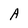
Character: M